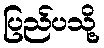
ပြည်ပသို့